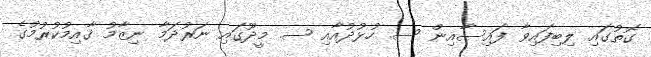
ގޮތުގައި ލިބިފައިވާ ފައިސާއިން ސ. ހުޅުދުއާއި ސ. މީދޫގައި ނަރުދަމާ ނިޒާމު ޤާއިމުކުރުމުގެ